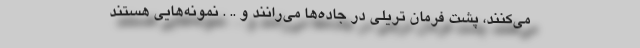
می‌کنند، پشت فرمان تریلی در جاده‌ها می‌رانند و .. . نمونه‌هایی هستند